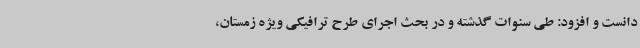
دانست و افزود: طی سنوات گذشته و در بحث اجرای طرح ترافیکی ویژه زمستان،